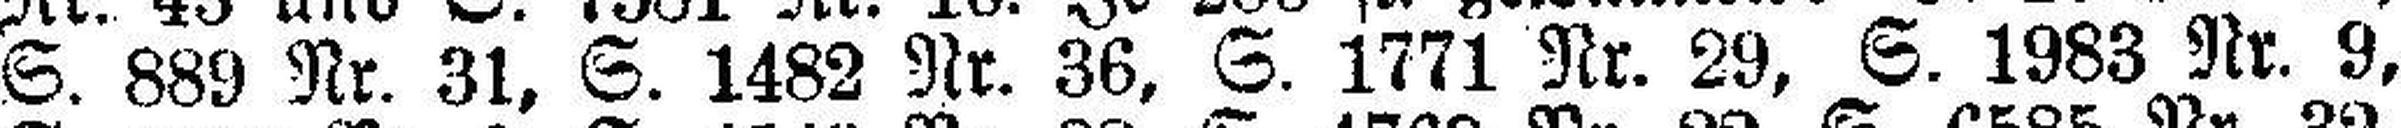
S. 889 Nr. 31, S. 1482 Nr. 36. S. 1771 Nr. 29, S. 1983 Nr. 9,